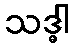
သဒ္ဓါ